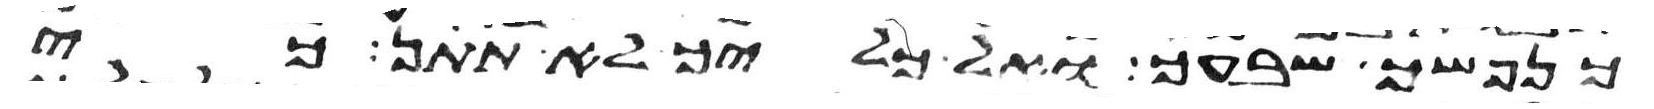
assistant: כנפשך שבעך ואל כליך לא תתן כי